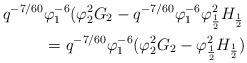
LaTeX: \begin{align*} q^{-7/60}&\varphi_1^{-6}(\varphi_2^2G_2-q^{-7/60}\varphi_1^{-6}\varphi_\frac{1}{2}^2H_\frac{1}{2}\\ &= q^{-7/60}\varphi_1^{-6}(\varphi_2^2G_2-\varphi_\frac{1}{2}^2H_\frac{1}{2})\end{align*}